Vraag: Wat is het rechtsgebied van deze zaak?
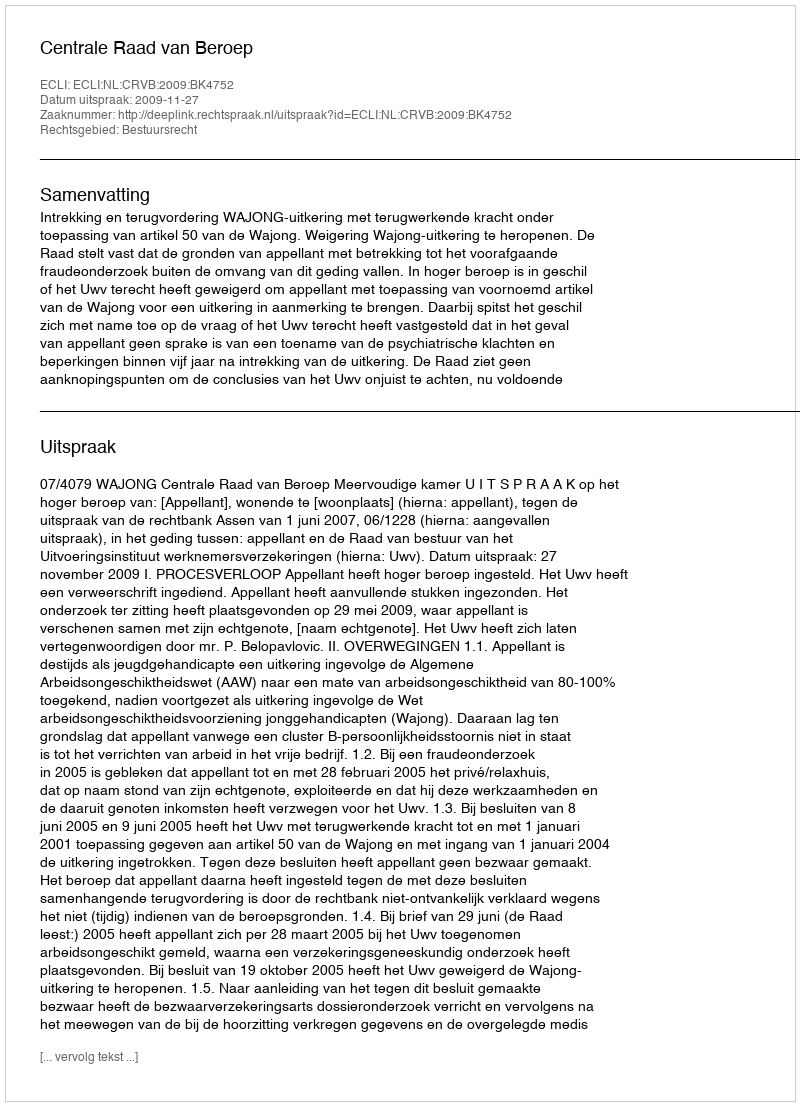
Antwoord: Bestuursrecht